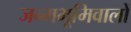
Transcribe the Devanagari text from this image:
जन्मभूमिवालों